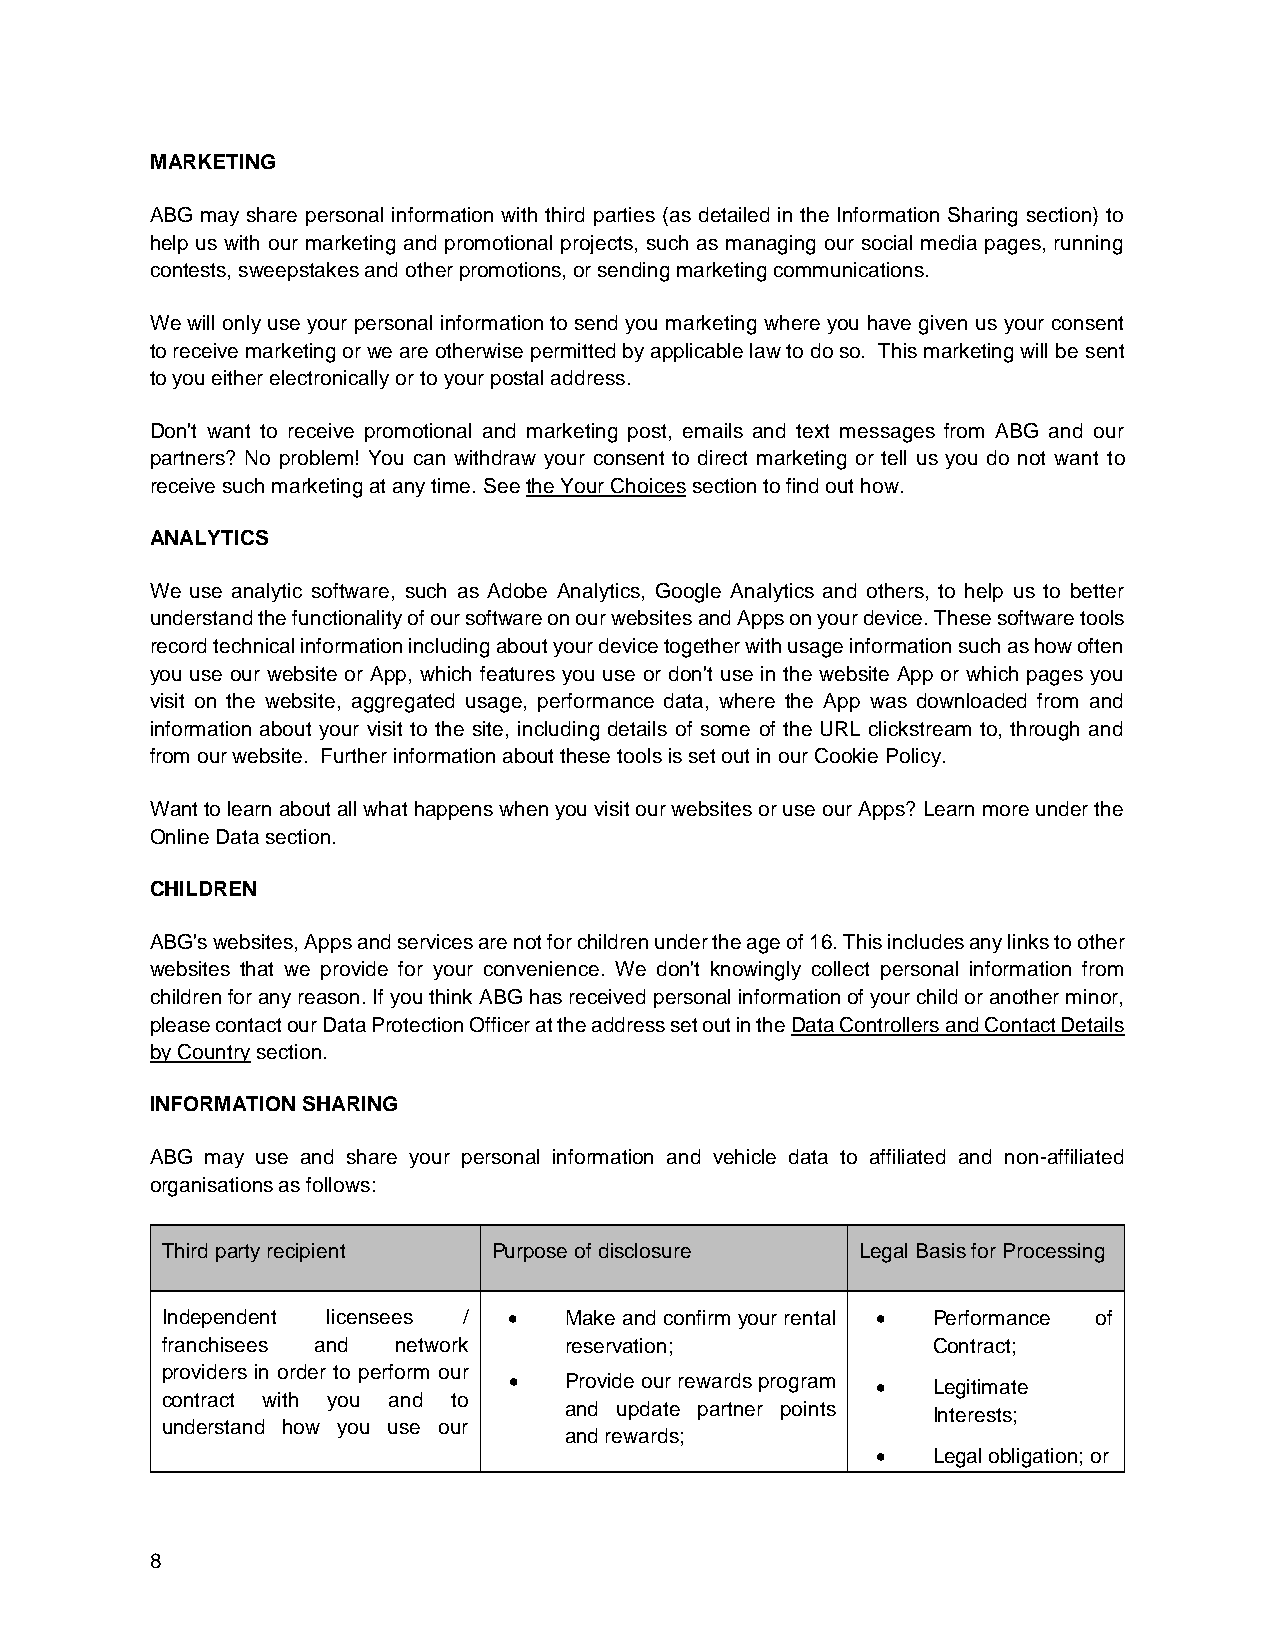
MARKETING
 ABG may share personal information with third parties (as detailed in the Information Sharing section) to
 help us with our marketing and promotional projects, such as managing our social media pages, running
 contests, sweepstakes and other promotions, or sending marketing communications.
 We will only use your personal information to send you marketing where you have given us your consent
 to receive marketing or we are otherwise permitted by applicable law to do so. This marketing will be sent
 to you either electronically or to your postal address.
 Don't want to receive promotional and marketing post, emails and text messages from ABG and our
 partners? No problem! You can withdraw your consent to direct marketing or tell us you do not want to
 receive such marketing at any time. See the Your Choices section to find out how.
 ANALYTICS
 We use analytic software, such as Adobe Analytics, Google Analytics and others, to help us to better
 understand the functionality of our software on our websites and Apps on your device. These software tools
 record technical information including about your device together with usage information such as how often
 you use our website or App, which features you use or don't use in the website App or which pages you
 visit on the website, aggregated usage, performance data, where the App was downloaded from and
 information about your visit to the site, including details of some of the URL clickstream to, through and
 from our website. Further information about these tools is set out in our Cookie Policy.
 Want to learn about all what happens when you visit our websites or use our Apps? Learn more under the
 Online Data section.
 CHILDREN
 ABG's websites, Apps and services are not for children under the age of 16. This includes any links to other
 websites that we provide for your convenience. We don't knowingly collect personal information from
 children for any reason. If you think ABG has received personal information of your child or another minor,
 please contact our Data Protection Officer at the address set out in the Data Controllers and Contact Details
 by Country section.
 INFORMATION SHARING
 ABG may use and share your personal information and vehicle data to affiliated and non-affiliated
 organisations as follows:
 Third party recipient Purpose of disclosure   Legal Basis for Processing
 Independent licensees /  Make and confirm your rental  Performance of
 franchisees and network   reservation;             Contract;
 providers in order to perform our
   Provide our rewards program  Legitimate
 contract with you and to
 and update partner points Interests;
 understand how you use our
 and rewards;
    Legal obligation; or
 8